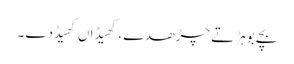
بچے بوہڑ تے چڑھدے، کھیڈاں کھیڈدے ۔